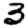
Digit: 3